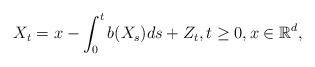
LaTeX: \begin{align*}X_t=x-\int_0^t b(X_s)ds + Z_t, t \geq 0, x \in \mathbb R^d,\end{align*}